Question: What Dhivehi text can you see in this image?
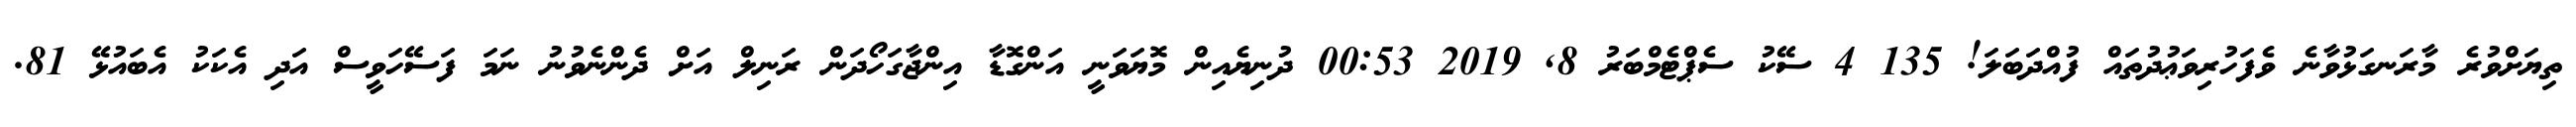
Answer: ތިޔަށްވުރެ މާރަނގަޅުވާނެ ވެފަހުރިވަޢުދުތައް ފުއްދަބަލަ! 135 4 ސޭކު ސެޕްޓެމްބަރު 8, 2019 00:53 ދުނިޔެއިން މޮޔަވަނީ އަންގޮޑާ އިންޖާގަހޯދަން ރަނިލް އަށް ދެންނެވުނު ނަމަ ފަސޭހަވީސް އަދި އެކަކު އެބައުޅޭ 81.